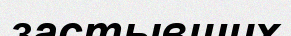
застывших